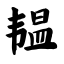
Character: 韫